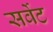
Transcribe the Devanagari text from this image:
सर्वेट